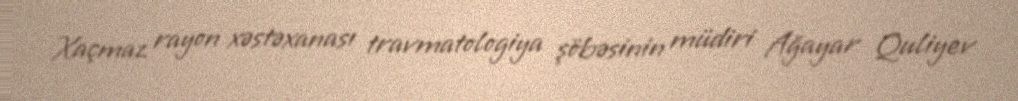
Xaçmaz rayon xəstəxanası travmatologiya şöbəsinin müdiri Ağayar Quliyev